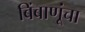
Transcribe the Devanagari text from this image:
बिंबाणूंचा